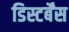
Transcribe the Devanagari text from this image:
डिस्टर्बेंस